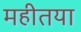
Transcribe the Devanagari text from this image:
महीतया